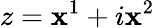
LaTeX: z=\mathbf{x}^{1}+i\mathbf{x}^{2}